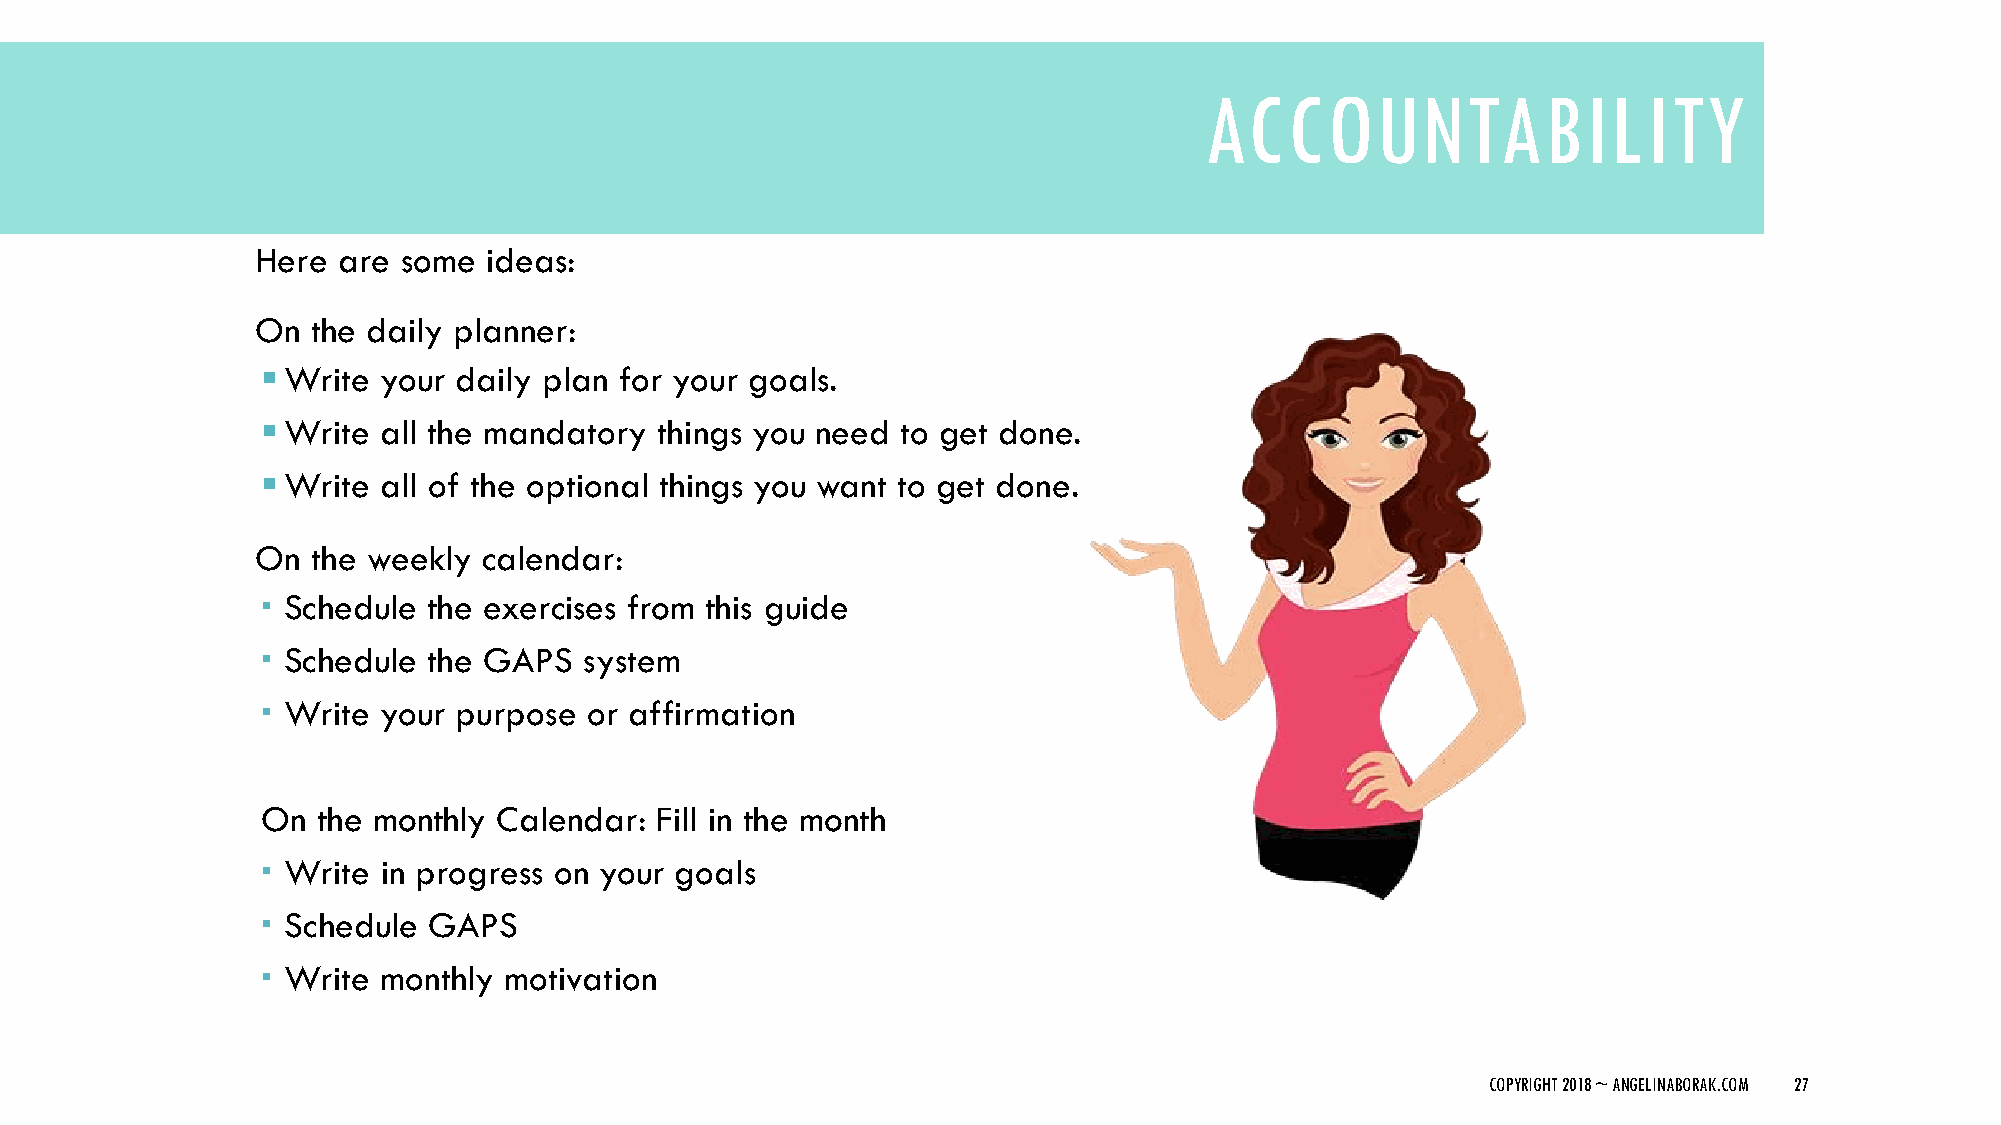
ACCOUNTABILITY
 Here are  some ideas:
 On  the daily planner:
 Write  your daily plan for your goals.
 Write  all the mandatory  things you need to get done.
 Write  all of the optional things you want to get done.
 On  the weekly calendar:
  Schedule the exercises from this guide
  Schedule the GAPS   system
  Write your purpose  or affirmation
 On  the monthly Calendar: Fill in the month
  Write in progress on your goals
  Schedule GAPS
  Write monthly motivation
 COPYRIGHT 2018 ~ ANGELINABORAK.COM 27